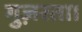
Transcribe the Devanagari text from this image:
गुज़रता।